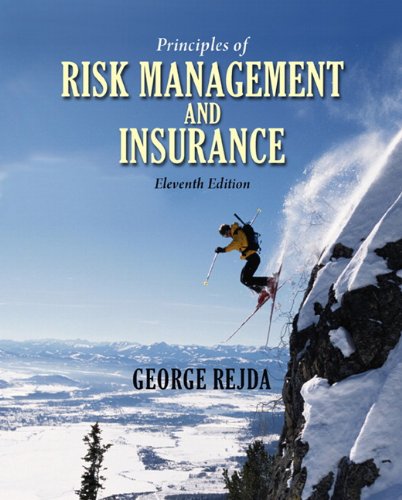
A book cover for Principles of Risk Management and Insurance (11th Edition); George E. Rejda; Business & Money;